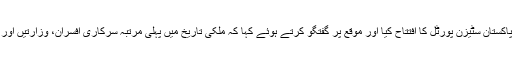
واضح رہے کہ وزیراعظم نے پاکستان سٹیزن پورٹل کا افتتاح کیا اور موقع پر گفتگو کرتے ہوئے کہا کہ ملکی تاریخ میں پہلی مرتبہ سرکاری افسران، وزارتیں اور سیاستدان سب کا احتساب ہو گا۔